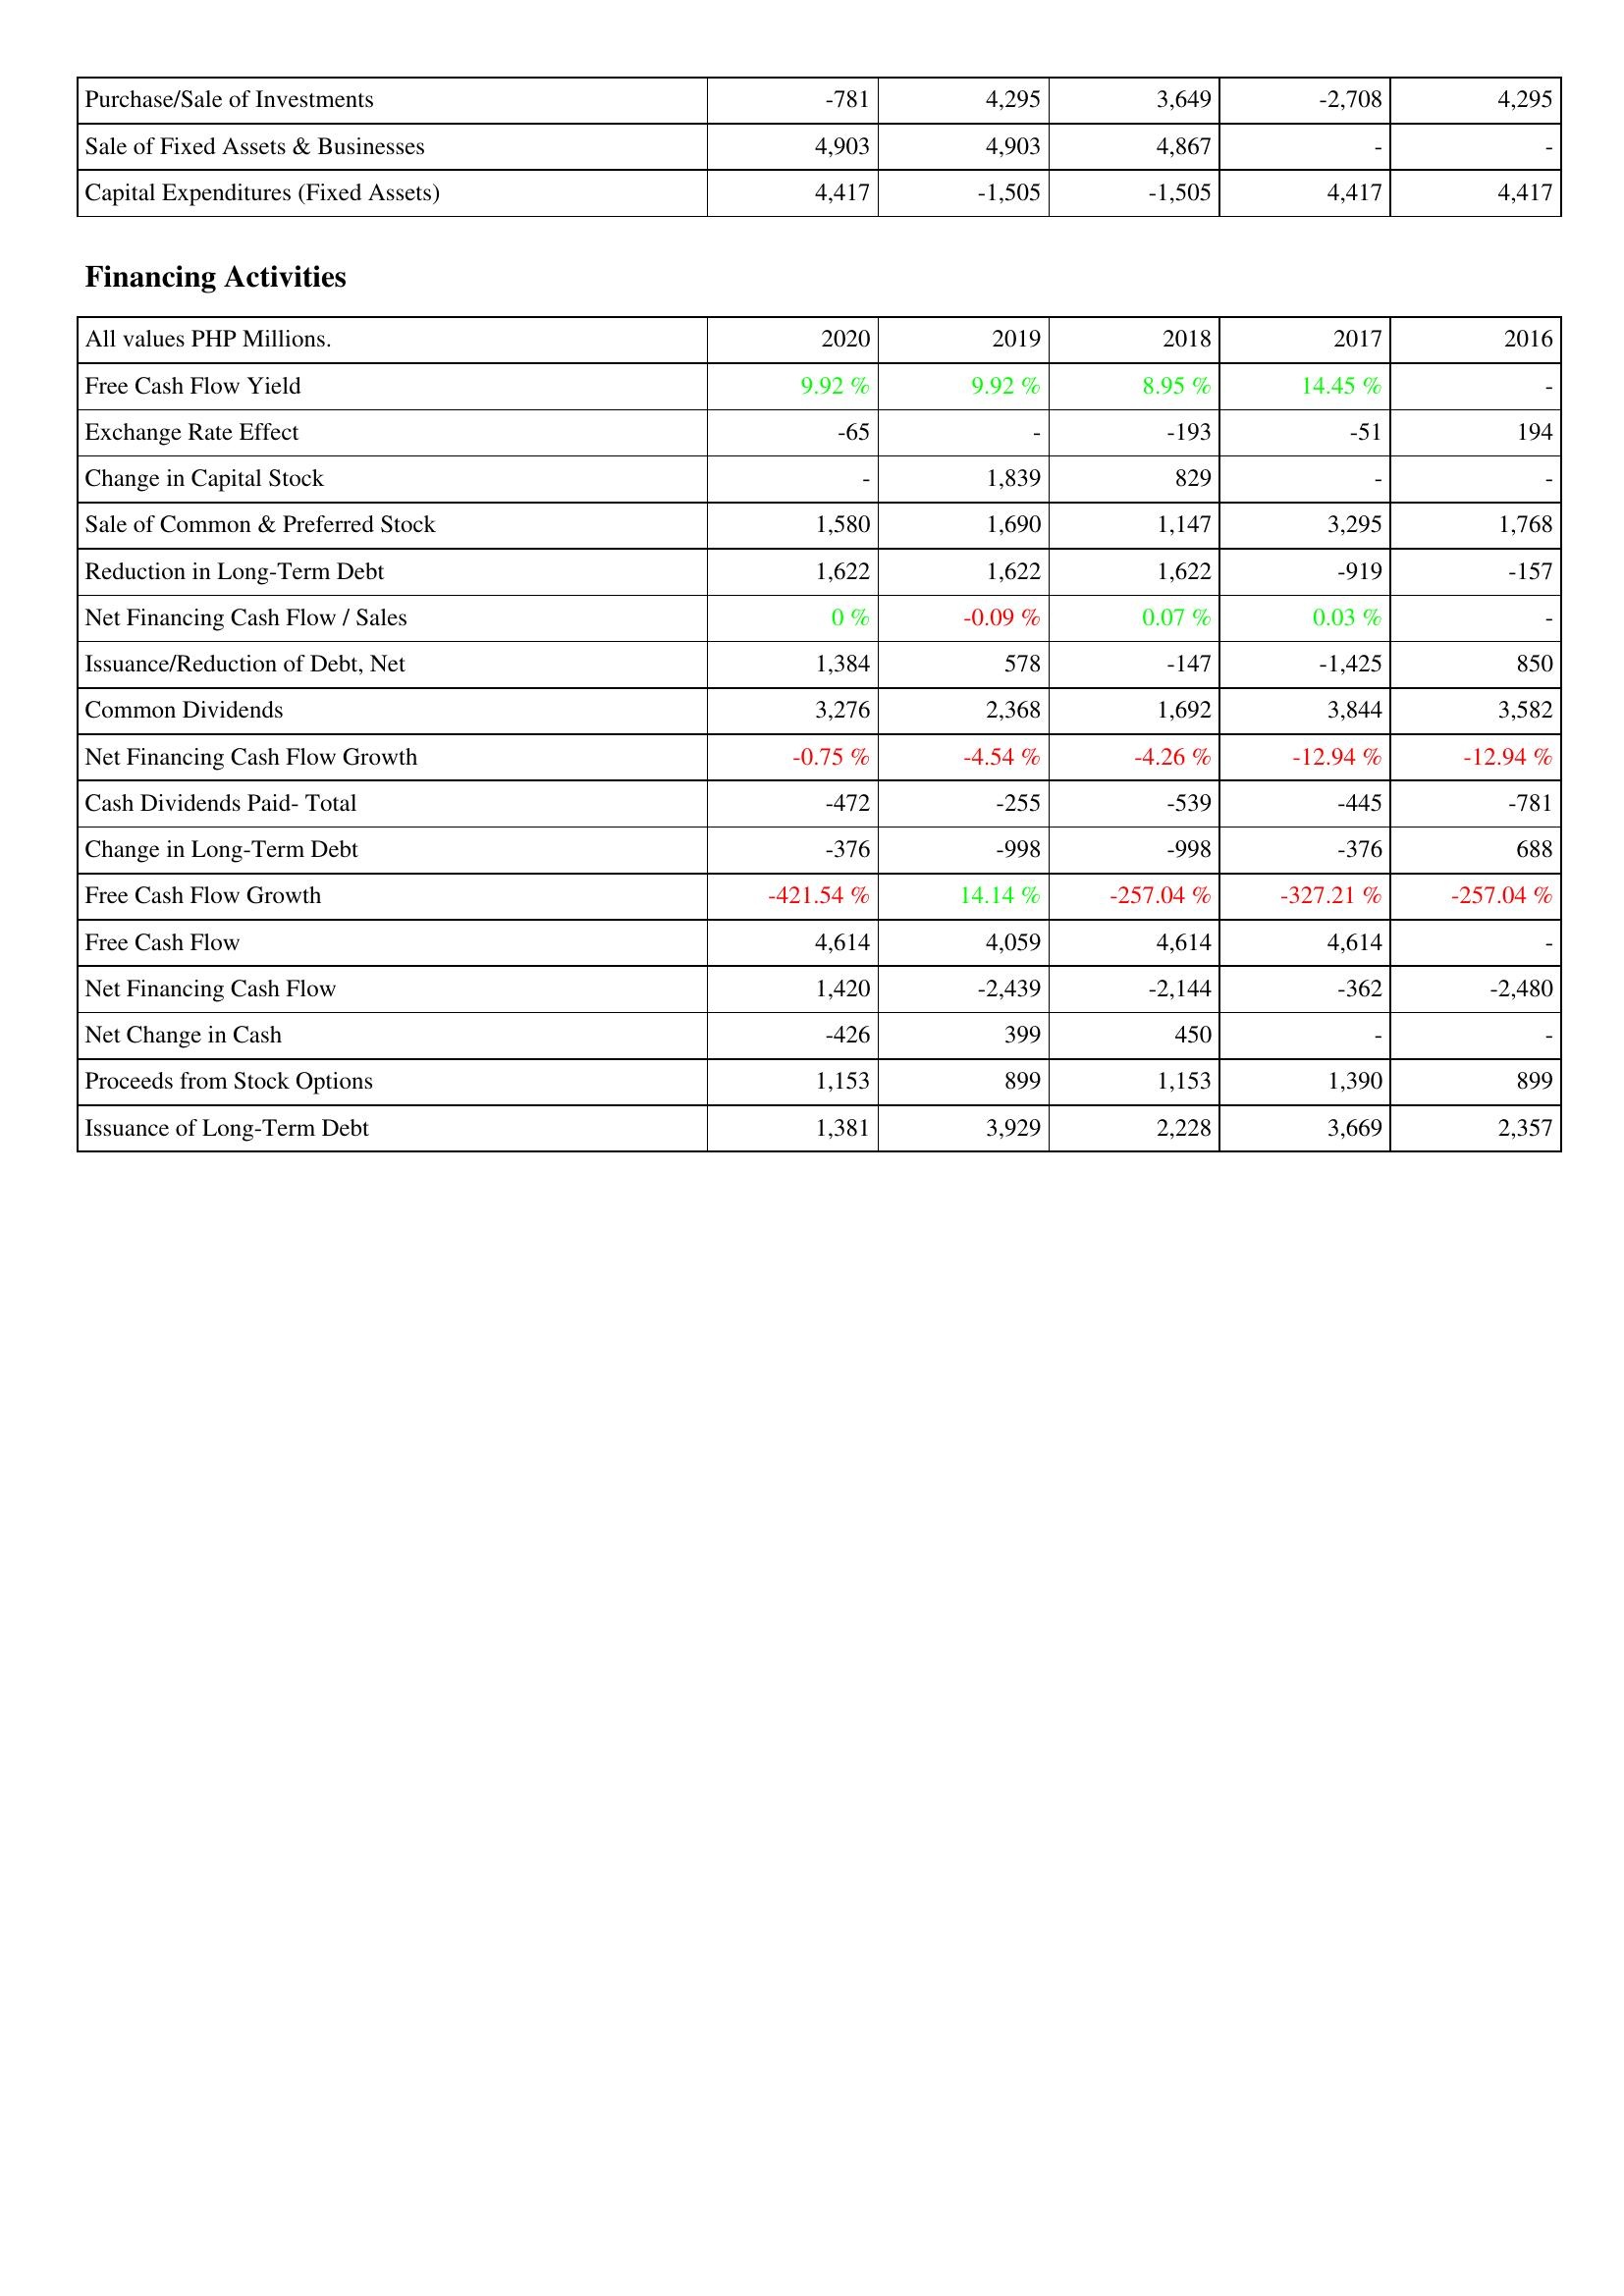
2020: Investing Activities: Purchase/Sale of Investments: -781
Sale of Fixed Assets & Businesses: 4,903
Capital Expenditures (Fixed Assets): 4,417
Financing Activities: Free Cash Flow Yield: 9.92 %
Exchange Rate Effect: -65
Change in Capital Stock: -
Sale of Common & Preferred Stock: 1,580
Reduction in Long-Term Debt: 1,622
Net Financing Cash Flow / Sales: 0 %
Issuance/Reduction of Debt, Net: 1,384
Common Dividends: 3,276
Net Financing Cash Flow Growth: -0.75 %
Cash Dividends Paid- Total: -472
Change in Long-Term Debt: -376
Free Cash Flow Growth: -421.54 %
Free Cash Flow: 4,614
Net Financing Cash Flow: 1,420
Net Change in Cash: -426
Proceeds from Stock Options: 1,153
Issuance of Long-Term Debt: 1,381
2019: Investing Activities: Purchase/Sale of Investments: 4,295
Sale of Fixed Assets & Businesses: 4,903
Capital Expenditures (Fixed Assets): -1,505
Financing Activities: Free Cash Flow Yield: 9.92 %
Exchange Rate Effect: -
Change in Capital Stock: 1,839
Sale of Common & Preferred Stock: 1,690
Reduction in Long-Term Debt: 1,622
Net Financing Cash Flow / Sales: -0.09 %
Issuance/Reduction of Debt, Net: 578
Common Dividends: 2,368
Net Financing Cash Flow Growth: -4.54 %
Cash Dividends Paid- Total: -255
Change in Long-Term Debt: -998
Free Cash Flow Growth: 14.14 %
Free Cash Flow: 4,059
Net Financing Cash Flow: -2,439
Net Change in Cash: 399
Proceeds from Stock Options: 899
Issuance of Long-Term Debt: 3,929
2018: Investing Activities: Purchase/Sale of Investments: 3,649
Sale of Fixed Assets & Businesses: 4,867
Capital Expenditures (Fixed Assets): -1,505
Financing Activities: Free Cash Flow Yield: 8.95 %
Exchange Rate Effect: -193
Change in Capital Stock: 829
Sale of Common & Preferred Stock: 1,147
Reduction in Long-Term Debt: 1,622
Net Financing Cash Flow / Sales: 0.07 %
Issuance/Reduction of Debt, Net: -147
Common Dividends: 1,692
Net Financing Cash Flow Growth: -4.26 %
Cash Dividends Paid- Total: -539
Change in Long-Term Debt: -998
Free Cash Flow Growth: -257.04 %
Free Cash Flow: 4,614
Net Financing Cash Flow: -2,144
Net Change in Cash: 450
Proceeds from Stock Options: 1,153
Issuance of Long-Term Debt: 2,228
2017: Investing Activities: Purchase/Sale of Investments: -2,708
Sale of Fixed Assets & Businesses: -
Capital Expenditures (Fixed Assets): 4,417
Financing Activities: Free Cash Flow Yield: 14.45 %
Exchange Rate Effect: -51
Change in Capital Stock: -
Sale of Common & Preferred Stock: 3,295
Reduction in Long-Term Debt: -919
Net Financing Cash Flow / Sales: 0.03 %
Issuance/Reduction of Debt, Net: -1,425
Common Dividends: 3,844
Net Financing Cash Flow Growth: -12.94 %
Cash Dividends Paid- Total: -445
Change in Long-Term Debt: -376
Free Cash Flow Growth: -327.21 %
Free Cash Flow: 4,614
Net Financing Cash Flow: -362
Net Change in Cash: -
Proceeds from Stock Options: 1,390
Issuance of Long-Term Debt: 3,669
2016: Investing Activities: Purchase/Sale of Investments: 4,295
Sale of Fixed Assets & Businesses: -
Capital Expenditures (Fixed Assets): 4,417
Financing Activities: Free Cash Flow Yield: -
Exchange Rate Effect: 194
Change in Capital Stock: -
Sale of Common & Preferred Stock: 1,768
Reduction in Long-Term Debt: -157
Net Financing Cash Flow / Sales: -
Issuance/Reduction of Debt, Net: 850
Common Dividends: 3,582
Net Financing Cash Flow Growth: -12.94 %
Cash Dividends Paid- Total: -781
Change in Long-Term Debt: 688
Free Cash Flow Growth: -257.04 %
Free Cash Flow: -
Net Financing Cash Flow: -2,480
Net Change in Cash: -
Proceeds from Stock Options: 899
Issuance of Long-Term Debt: 2,357